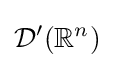
{\mathcal {D}}'(\mathbb {R} ^{n})